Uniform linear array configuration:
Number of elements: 64
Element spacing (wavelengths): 0.5
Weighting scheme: exponential
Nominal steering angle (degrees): -45
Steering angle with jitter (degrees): -44.084
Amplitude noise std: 0.05
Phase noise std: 0.05

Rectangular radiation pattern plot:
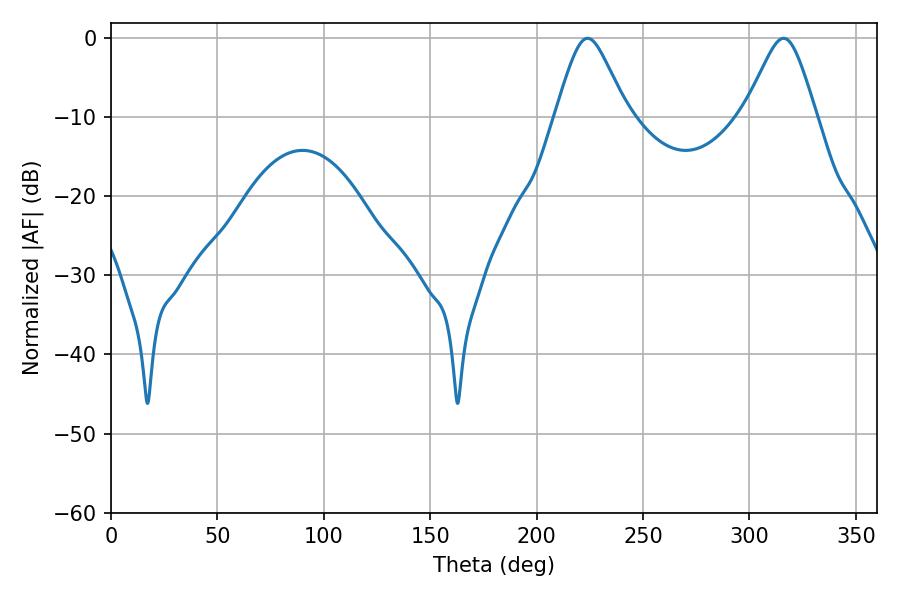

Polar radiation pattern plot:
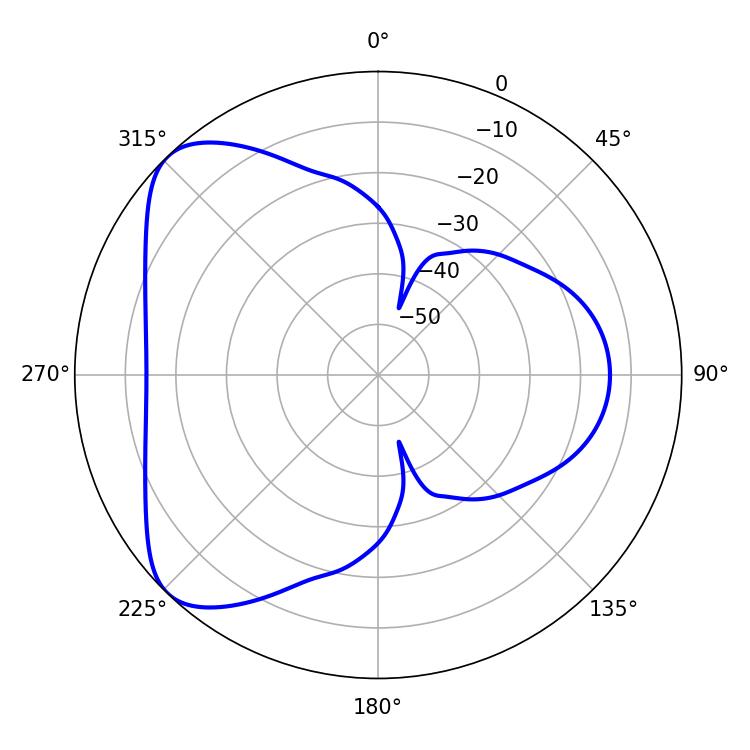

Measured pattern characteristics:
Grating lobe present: FALSE
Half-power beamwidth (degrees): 16.2
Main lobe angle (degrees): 316.08